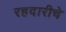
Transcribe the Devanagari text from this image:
रहदारीचे